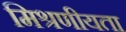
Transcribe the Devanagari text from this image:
मिश्रणीयता